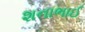
શનાભાઈ